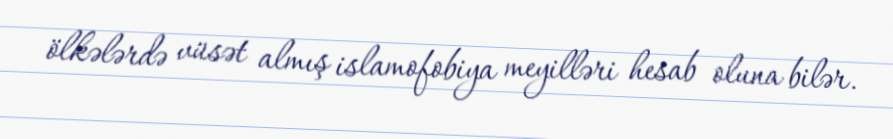
ölkələrdə vüsət almış islamofobiya meyilləri hesab oluna bilər.